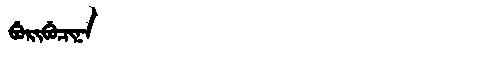
Manchu: ᠪᡠᡵᡳᠪᡠᠴᡳᠨᠠ
Romanization: BURIBUCINA